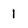
Character: 1